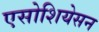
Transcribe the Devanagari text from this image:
एसोशियेसन